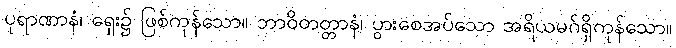
ပုရာဏာနံ၊ ရှေး၌ ဖြစ်ကုန်သော။ ဘာဝိတတ္တာနံ၊ ပွားစေအပ်သော အရိယမဂ်ရှိကုန်သော။